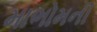
માભોમની